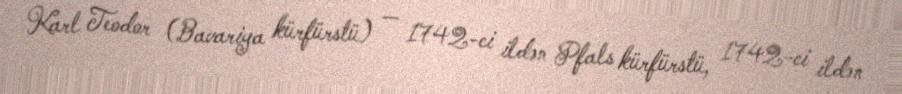
Karl Teodor (Bavariya kürfürstü) — 1742-ci ildən Pfals kürfürstü, 1742-ci ildən